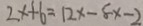
2 x + 6 = 1 2 x - 8 x - 2